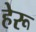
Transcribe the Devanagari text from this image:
हेरू